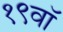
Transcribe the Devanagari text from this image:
१९वॉ